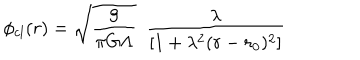
\phi _ { c l } ( r ) = { \sqrt { \frac { 9 } { \pi G \Lambda } } } ~ ~ \frac { \lambda } { [ 1 + \lambda ^ { 2 } ( r - r _ { 0 } ) ^ { 2 } ] }